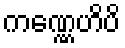
ကဏ္ဏေဟိပိ